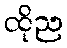
ထိုည